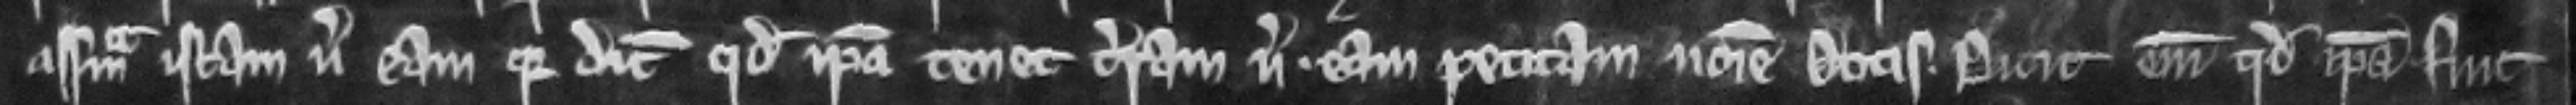
assisam istam versus eam quia dicit quod ipsa tenet terram versus eam petitam nomine dotis. Dicit enim quod ipsa fuit